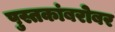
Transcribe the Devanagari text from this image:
पुस्तकांबरोबर